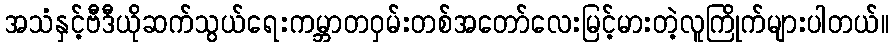
အသံနှင့်ဗီဒီယိုဆက်သွယ်ရေးကမ္ဘာတဝှမ်းတစ်အတော်လေးမြင့်မားတဲ့လူကြိုက်များပါတယ်။